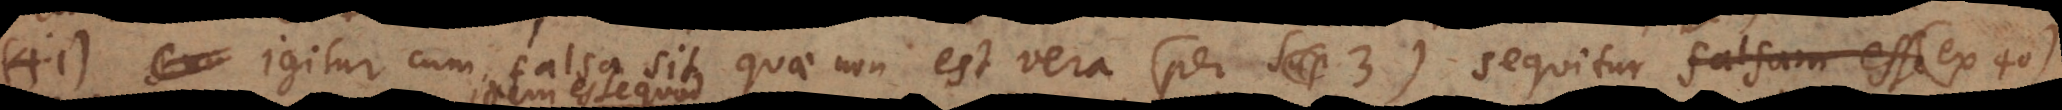
§ 41) Igitur cum falsa sit quae non est vera (per 3) sequitur (ex 40)